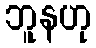
ဘူနဟု